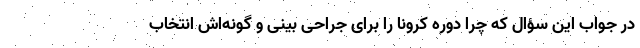
در جواب این سؤال که چرا دوره کرونا را برای جراحی بینی و گونه‌اش انتخاب